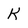
Character: K